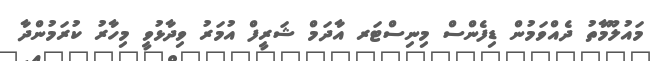
މައުލޫމާތު ދެއްވަމުން ޑިފެންސް މިނިސްޓަރ އާދަމް ޝަރީފް އުމަރު ވިދާޅުވީ މިހާރު ކުރަމުންދާ